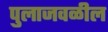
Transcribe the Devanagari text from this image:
पुलाजवळील